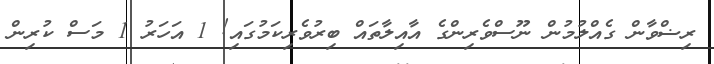
ރިޟްވާން ގެއްލުމުން ނޫސްވެރިންގެ އާއިލާތައް ބިރުވެރިކަމުގައި! 1 އަހަރު 1 މަސް ކުރިން